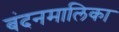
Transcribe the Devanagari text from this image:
बंदनमालिका